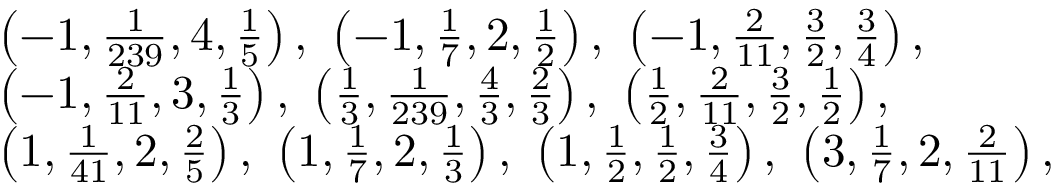
\begin{array} { r l } & { \left( - 1 , \frac { 1 } { 2 3 9 } , 4 , \frac { 1 } { 5 } \right) , \ \left( - 1 , \frac { 1 } { 7 } , 2 , \frac { 1 } { 2 } \right) , \ \left( - 1 , \frac { 2 } { 1 1 } , \frac { 3 } { 2 } , \frac { 3 } { 4 } \right) , } \\ & { \left( - 1 , \frac { 2 } { 1 1 } , 3 , \frac { 1 } { 3 } \right) , \ \left( \frac { 1 } { 3 } , \frac { 1 } { 2 3 9 } , \frac { 4 } { 3 } , \frac { 2 } { 3 } \right) , \ \left( \frac { 1 } { 2 } , \frac { 2 } { 1 1 } , \frac { 3 } { 2 } , \frac { 1 } { 2 } \right) , } \\ & { \left( 1 , \frac { 1 } { 4 1 } , 2 , \frac { 2 } { 5 } \right) , \ \left( 1 , \frac { 1 } { 7 } , 2 , \frac { 1 } { 3 } \right) , \ \left( 1 , \frac { 1 } { 2 } , \frac { 1 } { 2 } , \frac { 3 } { 4 } \right) , \ \left( 3 , \frac { 1 } { 7 } , 2 , \frac { 2 } { 1 1 } \right) , } \end{array}